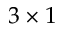
3 \times 1